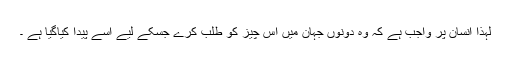
لہٰذا انسان پر واجب ہے کہ وہ دونوں جہان میں اُس چیز کو طلب کرے جسکے لیے اُسے پیدا کیاگیا ہے ۔